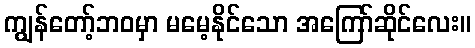
ကျွန်တော့်ဘဝမှာ မမေ့နိုင်သော အကြော်ဆိုင်လေး။